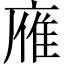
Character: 䧹